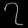
Digit: ၇